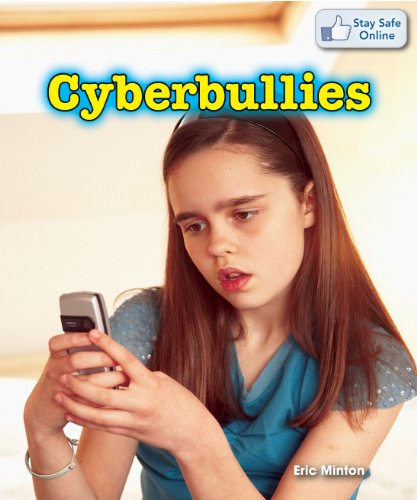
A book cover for Cyberbullies (Stay Safe Online); Eric Minton; Children's Books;